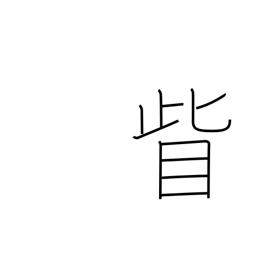
Meaning: outside the corner of the eye